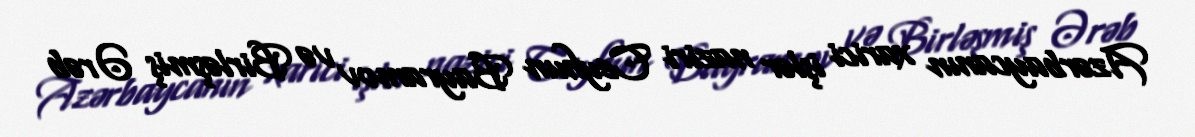
Azərbaycanın xarici işlər naziri Ceyhun Bayramov və Birləşmiş Ərəb